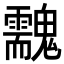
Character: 䰰